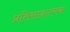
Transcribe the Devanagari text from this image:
प्रतिसादात्मक